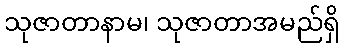
သုဇာတာနာမ၊ သုဇာတာအမည်ရှိ